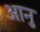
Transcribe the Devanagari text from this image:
आनु